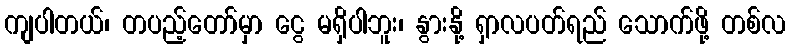
ကျပါတယ်၊ တပည့်တော်မှာ ငွေ မရှိပါဘူး၊ နွားနို့ ရှာလပတ်ရည် သောက်ဖို့ တစ်လ